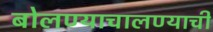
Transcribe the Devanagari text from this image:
बोलण्याचालण्याची